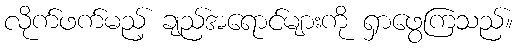
လိုက်ဖက်မည့် ချည်အရောင်များကို ရှာဖွေကြသည်။